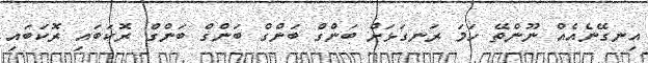
އިނގޭނެއެއް ނޫންތޭ ހަމަ ރަނގަޅަށް ބަންގް ބަންގް ބަންގް ބަންގް ރޮކަބައި ރޮކަބައި